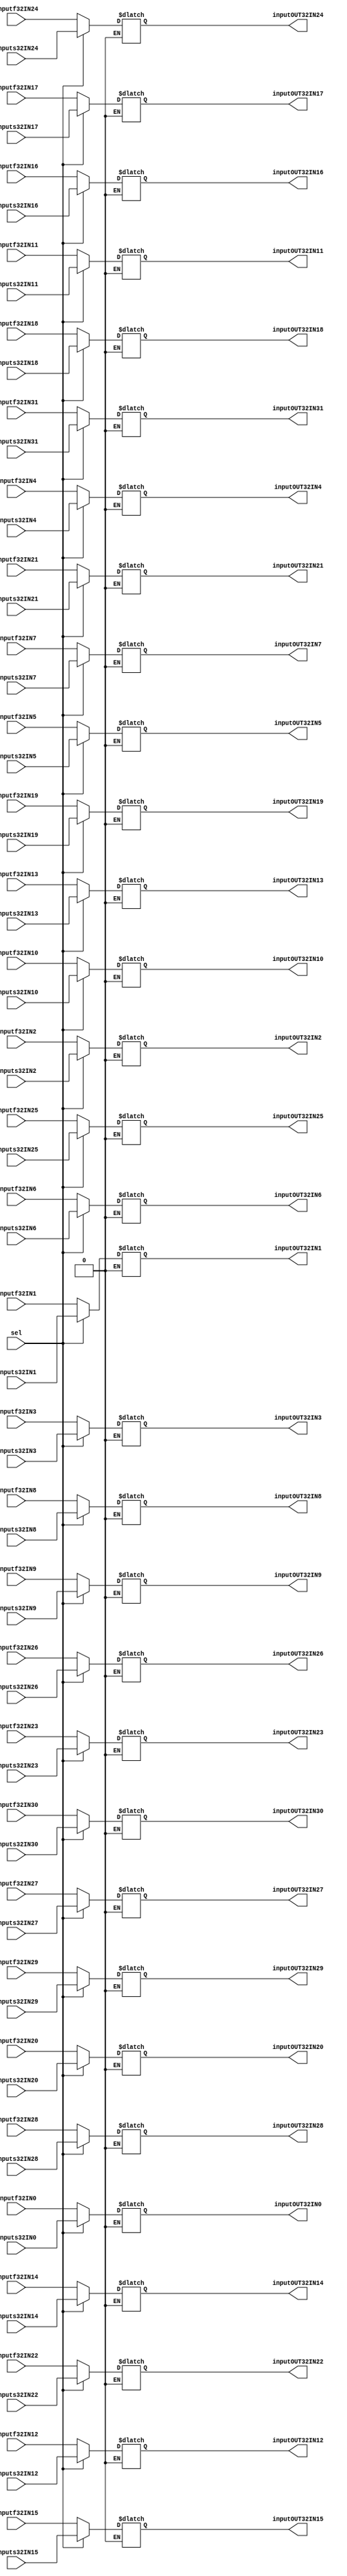
`timescale 1ns / 1ps
//////////////////////////////////////////////////////////////////////////////////
// Company: 
// Engineer: 
// 
// Design Name: 
// Module Name: Mux64to32
// Project Name: 
// Target Devices: 
// Tool Versions: 
// Description: 
// 
// Dependencies: 
// 
// Revision:
// Revision 0.01 - File Created
// Additional Comments:
// 
//////////////////////////////////////////////////////////////////////////////////


module Mux64to32(inputf32IN0, inputf32IN1, inputf32IN2, inputf32IN3, inputf32IN4, inputf32IN5, inputf32IN6, inputf32IN7, inputf32IN8, inputf32IN9, inputf32IN10, inputf32IN11, inputf32IN12, inputf32IN13, inputf32IN14, inputf32IN15, inputf32IN16, inputf32IN17, inputf32IN18, inputf32IN19, inputf32IN20, inputf32IN21, inputf32IN22, inputf32IN23, inputf32IN24, inputf32IN25, inputf32IN26, inputf32IN27, inputf32IN28, inputf32IN29, inputf32IN30, inputf32IN31, inputs32IN0, inputs32IN1, inputs32IN2, inputs32IN3, inputs32IN4, inputs32IN5, inputs32IN6, inputs32IN7, inputs32IN8, inputs32IN9, inputs32IN10, inputs32IN11, inputs32IN12, inputs32IN13, inputs32IN14, inputs32IN15, inputs32IN16, inputs32IN17, inputs32IN18, inputs32IN19, inputs32IN20, inputs32IN21, inputs32IN22, inputs32IN23, inputs32IN24, inputs32IN25, inputs32IN26, inputs32IN27, inputs32IN28, inputs32IN29, inputs32IN30, inputs32IN31
,inputOUT32IN0, inputOUT32IN1, inputOUT32IN2, inputOUT32IN3, inputOUT32IN4, inputOUT32IN5, inputOUT32IN6, inputOUT32IN7, inputOUT32IN8, inputOUT32IN9, inputOUT32IN10, inputOUT32IN11, inputOUT32IN12, inputOUT32IN13, inputOUT32IN14, inputOUT32IN15, inputOUT32IN16, inputOUT32IN17, inputOUT32IN18, inputOUT32IN19, inputOUT32IN20, inputOUT32IN21, inputOUT32IN22, inputOUT32IN23, inputOUT32IN24, inputOUT32IN25, inputOUT32IN26, inputOUT32IN27, inputOUT32IN28, inputOUT32IN29, inputOUT32IN30, inputOUT32IN31, sel);

input sel;
input [31:0] inputf32IN0, inputf32IN1, inputf32IN2, inputf32IN3, inputf32IN4, inputf32IN5, inputf32IN6, inputf32IN7, inputf32IN8, inputf32IN9, inputf32IN10, inputf32IN11, inputf32IN12, inputf32IN13, inputf32IN14, inputf32IN15, inputf32IN16, inputf32IN17, inputf32IN18, inputf32IN19, inputf32IN20, inputf32IN21, inputf32IN22, inputf32IN23, inputf32IN24, inputf32IN25, inputf32IN26, inputf32IN27, inputf32IN28, inputf32IN29, inputf32IN30, inputf32IN31, inputs32IN0, inputs32IN1, inputs32IN2, inputs32IN3, inputs32IN4, inputs32IN5, inputs32IN6, inputs32IN7, inputs32IN8, inputs32IN9, inputs32IN10, inputs32IN11, inputs32IN12, inputs32IN13, inputs32IN14, inputs32IN15, inputs32IN16, inputs32IN17, inputs32IN18, inputs32IN19, inputs32IN20, inputs32IN21, inputs32IN22, inputs32IN23, inputs32IN24, inputs32IN25, inputs32IN26, inputs32IN27, inputs32IN28, inputs32IN29, inputs32IN30, inputs32IN31;
output reg [31:0] inputOUT32IN0, inputOUT32IN1, inputOUT32IN2, inputOUT32IN3, inputOUT32IN4, inputOUT32IN5, inputOUT32IN6, inputOUT32IN7, inputOUT32IN8, inputOUT32IN9, inputOUT32IN10, inputOUT32IN11, inputOUT32IN12, inputOUT32IN13, inputOUT32IN14, inputOUT32IN15, inputOUT32IN16, inputOUT32IN17, inputOUT32IN18, inputOUT32IN19, inputOUT32IN20, inputOUT32IN21, inputOUT32IN22, inputOUT32IN23, inputOUT32IN24, inputOUT32IN25, inputOUT32IN26, inputOUT32IN27, inputOUT32IN28, inputOUT32IN29, inputOUT32IN30, inputOUT32IN31;

always @(*) begin 

    if (sel == 0) begin 
        inputOUT32IN0 <= inputf32IN0;
        inputOUT32IN1 <= inputf32IN1;
        inputOUT32IN2 <= inputf32IN2;
        inputOUT32IN3 <= inputf32IN3;
        inputOUT32IN4 <= inputf32IN4;
        inputOUT32IN5 <= inputf32IN5;
        inputOUT32IN6 <= inputf32IN6;
        inputOUT32IN7 <= inputf32IN7;
        inputOUT32IN8 <= inputf32IN8;
        inputOUT32IN9 <= inputf32IN9;
        inputOUT32IN10 <= inputf32IN10;
        inputOUT32IN11 <= inputf32IN11;
        inputOUT32IN12 <= inputf32IN12;
        inputOUT32IN13 <= inputf32IN13;
        inputOUT32IN14 <= inputf32IN14;
        inputOUT32IN15 <= inputf32IN15;
        inputOUT32IN16 <= inputf32IN16;
        inputOUT32IN17 <= inputf32IN17;
        inputOUT32IN18 <= inputf32IN18;
        inputOUT32IN19 <= inputf32IN19;
        inputOUT32IN20 <= inputf32IN20;
        inputOUT32IN21 <= inputf32IN21;
        inputOUT32IN22 <= inputf32IN22;
        inputOUT32IN23 <= inputf32IN23;
        inputOUT32IN24 <= inputf32IN24;
        inputOUT32IN25 <= inputf32IN25;
        inputOUT32IN26 <= inputf32IN26;
        inputOUT32IN27 <= inputf32IN27;
        inputOUT32IN28 <= inputf32IN28;
        inputOUT32IN29 <= inputf32IN29;
        inputOUT32IN30 <= inputf32IN30;
        inputOUT32IN31 <= inputf32IN31;
    end else if (sel == 1) begin 
        inputOUT32IN0 <= inputs32IN0;
        inputOUT32IN1 <= inputs32IN1;
        inputOUT32IN2 <= inputs32IN2;
        inputOUT32IN3 <= inputs32IN3;
        inputOUT32IN4 <= inputs32IN4;
        inputOUT32IN5 <= inputs32IN5;
        inputOUT32IN6 <= inputs32IN6;
        inputOUT32IN7 <= inputs32IN7;
        inputOUT32IN8 <= inputs32IN8;
        inputOUT32IN9 <= inputs32IN9;
        inputOUT32IN10 <= inputs32IN10;
        inputOUT32IN11 <= inputs32IN11;
        inputOUT32IN12 <= inputs32IN12;
        inputOUT32IN13 <= inputs32IN13;
        inputOUT32IN14 <= inputs32IN14;
        inputOUT32IN15 <= inputs32IN15;
        inputOUT32IN16 <= inputs32IN16;
        inputOUT32IN17 <= inputs32IN17;
        inputOUT32IN18 <= inputs32IN18;
        inputOUT32IN19 <= inputs32IN19;
        inputOUT32IN20 <= inputs32IN20;
        inputOUT32IN21 <= inputs32IN21;
        inputOUT32IN22 <= inputs32IN22;
        inputOUT32IN23 <= inputs32IN23;
        inputOUT32IN24 <= inputs32IN24;
        inputOUT32IN25 <= inputs32IN25;
        inputOUT32IN26 <= inputs32IN26;
        inputOUT32IN27 <= inputs32IN27;
        inputOUT32IN28 <= inputs32IN28;
        inputOUT32IN29 <= inputs32IN29;
        inputOUT32IN30 <= inputs32IN30;
        inputOUT32IN31 <= inputs32IN31;
    end

end 
endmodule